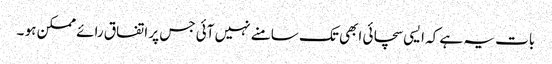
بات یہ ہے کہ ایسی سچائی ابھی تک سامنے نہیں آئی جس پر اتفاق رائے ممکن ہو ۔